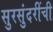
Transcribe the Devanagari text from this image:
सुरसुंदरींची